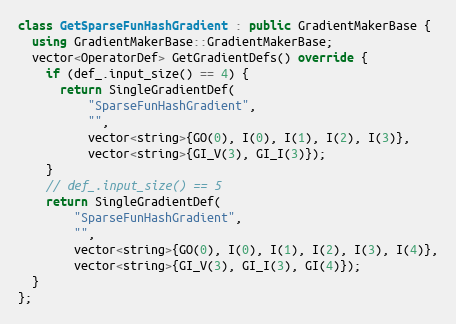
Language: C++
class GetSparseFunHashGradient : public GradientMakerBase {
  using GradientMakerBase::GradientMakerBase;
  vector<OperatorDef> GetGradientDefs() override {
    if (def_.input_size() == 4) {
      return SingleGradientDef(
          "SparseFunHashGradient",
          "",
          vector<string>{GO(0), I(0), I(1), I(2), I(3)},
          vector<string>{GI_V(3), GI_I(3)});
    }
    // def_.input_size() == 5
    return SingleGradientDef(
        "SparseFunHashGradient",
        "",
        vector<string>{GO(0), I(0), I(1), I(2), I(3), I(4)},
        vector<string>{GI_V(3), GI_I(3), GI(4)});
  }
};